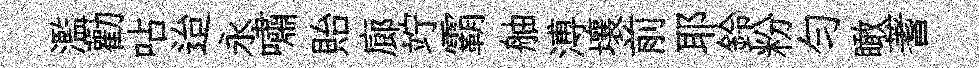
濫勸呫迨永嘯貽廊竚霸舳溥壤前耶鈴粉勻瞰蓍